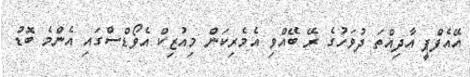
އޭއެފްޕީ އާދިއްތަ ދުވަހުގެ ރޭ ބޭއްވި އެމެރިކަން މިއުޒިކް އެވޯޑްސްގައި އެންމެ ބޮޑު